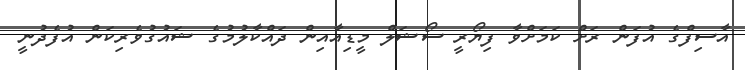
އާސިފްގެ އުފަން ރަށް ކަމަށްވާ ފިޔޯރީ ސޯޝަލް މީޑިއާއިން ދައްކާލުމުގެ ޝައުގުވެރިކަން އުފެދުނީ